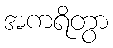
အကရိတွာ